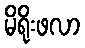
မိရိုးဖလာ